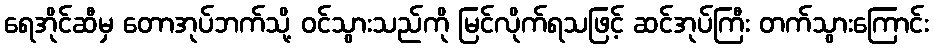
ရေအိုင်ဆီမှ တောအုပ်ဘက်သို့ ဝင်သွားသည်ကို မြင်လိုက်ရသဖြင့် ဆင်အုပ်ကြီး တက်သွားကြောင်း